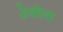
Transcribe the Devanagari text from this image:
ठेवीला